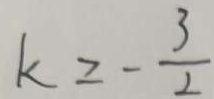
k \geq - \frac { 3 } { 2 }